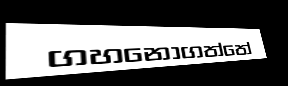
ගහනොගත්තේ